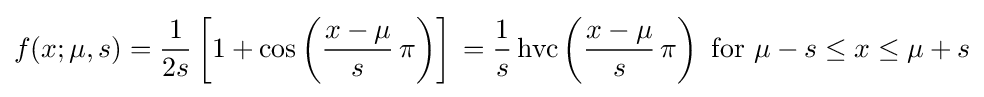
f(x;\mu ,s)={\frac {1}{2s}}\left[1+\cos \left({\frac {x-\mu }{s}}\,\pi \right)\right]\,={\frac {1}{s}}\operatorname {hvc} \left({\frac {x-\mu }{s}}\,\pi \right){\text{ for }}\mu -s\leq x\leq \mu +s